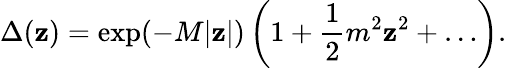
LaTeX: \Delta(\mathbf{z})=\exp(-M|\mathbf{z}|)\left(1+{\frac{{1}}{{2}}}m^{2}\mathbf{z}^{2}+\ldots\right).